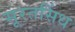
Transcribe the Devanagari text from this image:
सूरतसिंध